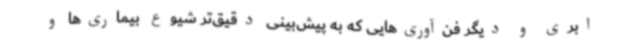
ابری و دیگر فن‌آوری‌هایی که به پیش‌بینی دقیق‌تر شیوع بیماری‌ها و